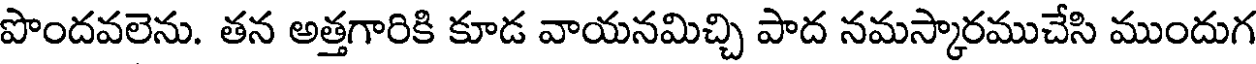
పొందవలెను. తన అత్తగారికి కూడ వాయనమిచ్చి పాద నమస్కారముచేసి ముందుగ